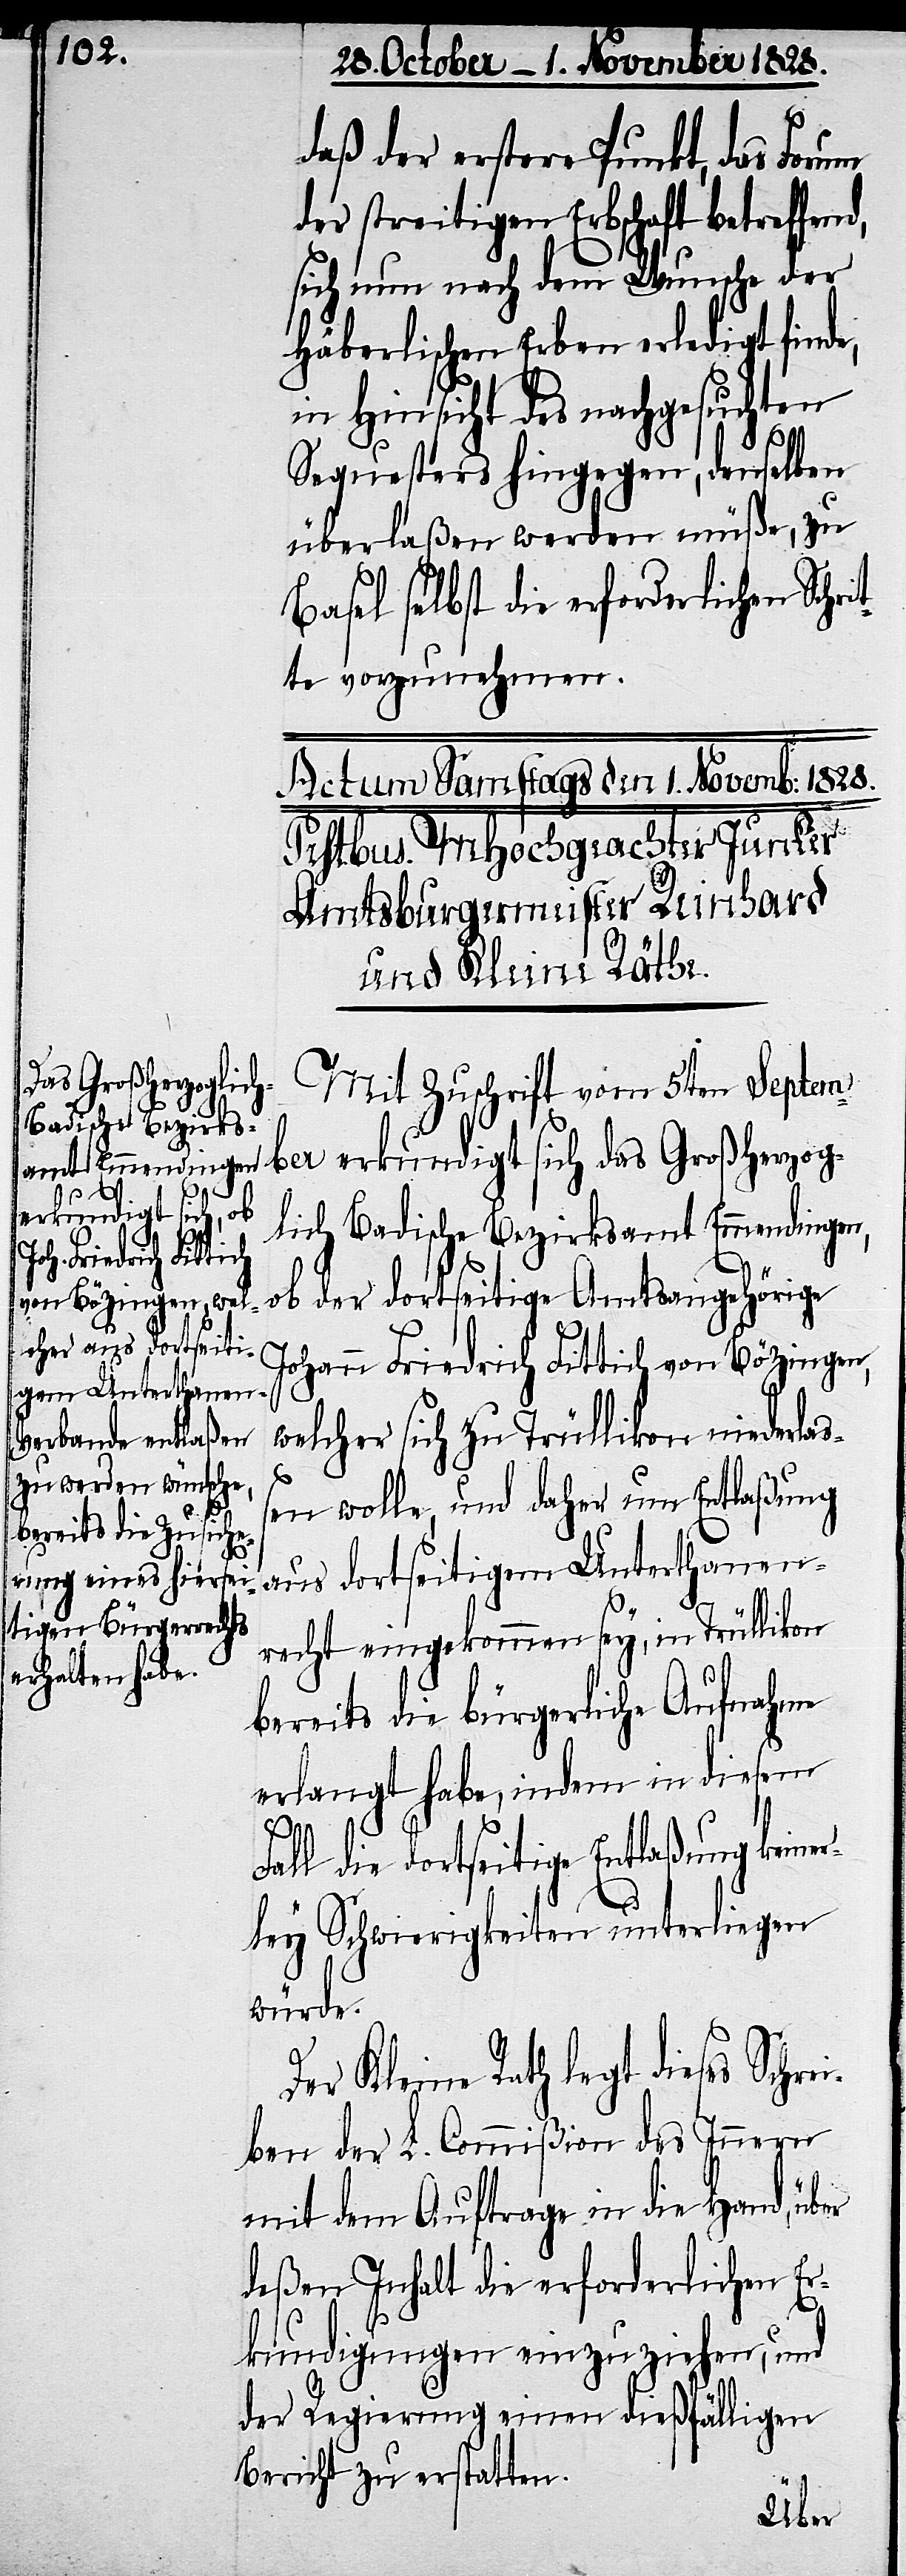
daß der erstere Punkt, das Forum
er streitigen Erbschaft betref¬
sich nun nach dem Wunsche der
Häberlischen Erben erledigt finde,
in Hinsicht des nachgesuchten
fend,
Sequesters hingegen, denselben
überlaßen werden müße, zu
Basel selbst die erforderlichen Schri¬
tte vorzunehmen.
Mit Zuschrift vom 5ten Septem¬
ber erkundigt sich das Großherzog¬
lich Badische Bezirksamt Emmendingen,
ob der dortseitige Amtsangehörige
Johann Friedrich Fittich von Bözingen,
welcher sich zu Trüllikon niederla¬
ßen wolle, und daher um Entlaßung
aus dortseitigem Unterthanen¬
recht eingekommen sey, in Trüllikon
bereits die bürgerliche Aufnahme
erlangt habe, indem in diesem
d¬
Fall die dortseitige Entlaßung keiner¬
ley Schwierigkeiten unterliegen
würde.
Der Kleine Rath legt dieses Schre¬
iben der L. Commißion des Innern
mit dem Auftrage in die Hand, über
deßen Inhalt die erforderlichen Er¬
kundigungen einzuzeihen, und
der Regierung einen dießfälligen
Bericht zu erstatten.